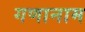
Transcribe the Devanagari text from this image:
गणानाम